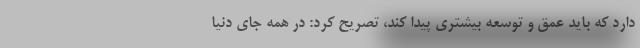
دارد که باید عمق و توسعه بیشتری پیدا کند، تصریح کرد: در همه جای دنیا